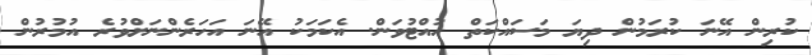
ކުރިން އޭނަ ކުރަމުން ދިޔަ މަސައްކަތް ހުއްޓުވަން. އެކަމަކު އޭނަ އަހަރެންނަށްވުރެ އުމުރުން